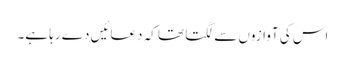
اس کی آوازوں سے لگتا تھا کہ دعائیں دے رہا ہے۔